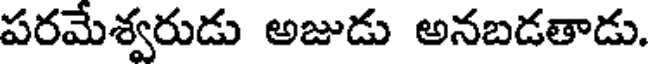
పరమేశ్వరుడు అజుడు అనబడతాడు.